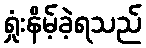
ရှုံးနိမ့်ခဲ့ရသည်